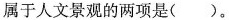
属于人文景观的两项是（）。